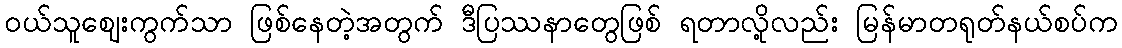
ဝယ်သူဈေးကွက်သာ ဖြစ်နေတဲ့အတွက် ဒီပြဿနာတွေဖြစ် ရတာလို့လည်း မြန်မာတရုတ်နယ်စပ်က